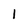
Character: 1